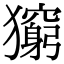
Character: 𤢶